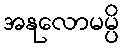
အနုလောမမ္ပိ